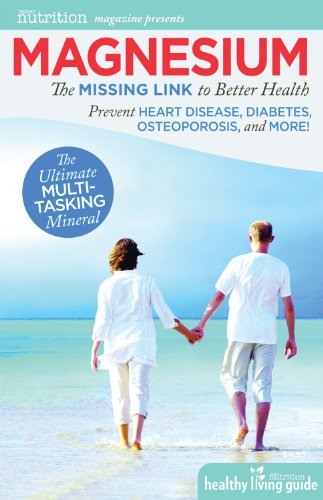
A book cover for Magnesium: The Missing Link to Better Health (Healthy Living Guide); Carolyn Dean; Health, Fitness & Dieting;